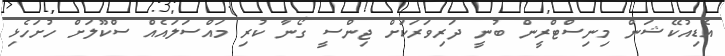
އެޑިއުކޭޝަން މިނިސްޓްރީން ބުނީ ދަރިވަރަކަށް ޖިންސީ ގޯނާ ކުރި މައްސަލައެއް ސްކޫލަށް ހުށަހެޅި